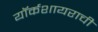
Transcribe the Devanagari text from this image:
यॉर्कशायराची